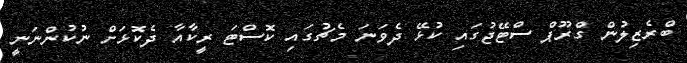
ބްރެޒިލުން ގްރޫޕް ސްޓޭޖުގައި ކުޅޭ ދެވަނަ މެޗުގައި ކޮސްޓަ ރީކާއާ ދެކޮޅަށް ނުކުންނަނީ